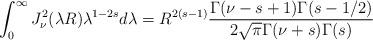
LaTeX: \begin{align*}\int_{0}^{\infty} J^2_{\nu}(\lambda R) \lambda^{1-2s} d\lambda = R^{2(s-1)} \frac{\Gamma(\nu-s+1)\Gamma(s-1/2)}{2 \sqrt{\pi} \Gamma(\nu+s)\Gamma(s)}\end{align*}